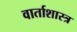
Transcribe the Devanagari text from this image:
वार्ताशास्त्र